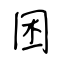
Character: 困